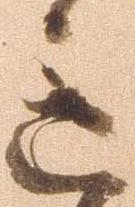
意